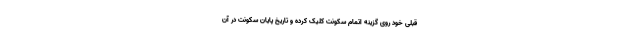
قبلی خود روی گزینه اتمام سکونت کلیک کرده و تاریخ پایان سکونت در آن